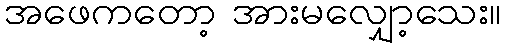
အဖေကတော့ အားမလျှော့သေး။